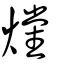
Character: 爣